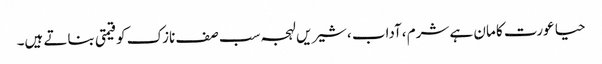
حیا عورت کا مان ہے شرم ،آداب ،شیریں لہجہ سب صف نازک کو قیمتی بناتے ہیں۔